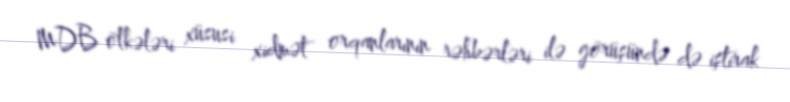
MDB ölkələri xüsusi xidmət orqanlarının rəhbərləri ilə görüşündə də iştirak